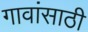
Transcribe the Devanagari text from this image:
गावांसाठी